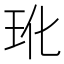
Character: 𬍕